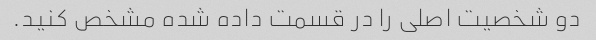
دو شخصیت اصلی را در قسمت داده شده مشخص کنید.